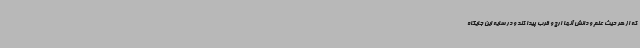
که از هر حیث علم و دانش آنها ارج و قرب پیدا کند و در سایه این جایگاه